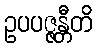
ဥပပဇ္ဇန္တီတိ